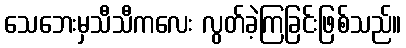
သေဘေးမှသီသီကလေး လွတ်ခဲ့ကြခြင်းဖြစ်သည်။